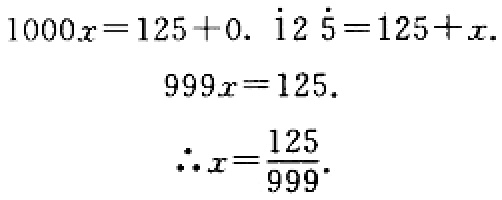
\[
\begin{align*}
1000x&=125 + 0.\dot{1}2\dot{5}=125 + x.\\
999x&=125.\\
\therefore x&=\frac{125}{999}.
\end{align*}
\]